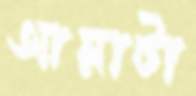
আয়াটা